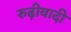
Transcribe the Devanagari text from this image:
रुढ़ीवादी